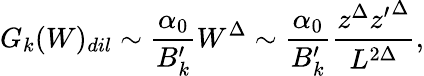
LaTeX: G_{k}(W)_{dil}\sim{\frac{\alpha_{0}}{B_{k}^{\prime}}}W^{\Delta}\sim{\frac{\alpha_{0}}{B_{k}^{\prime}}}{\frac{z^{\Delta}{z^{\prime}}^{\Delta}}{L^{2\Delta}}},